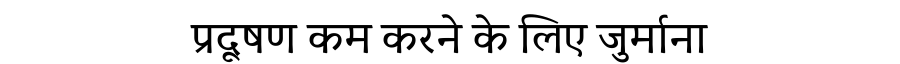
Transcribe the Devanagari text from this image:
प्रदूषण कम करने के लिए जुर्माना